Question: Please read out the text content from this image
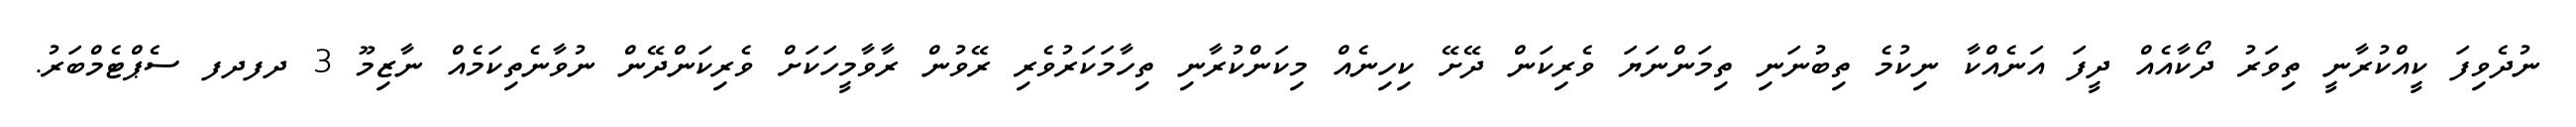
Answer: ނުދެވިފަ ކީއްކުރާނީ ތިވަރު ދޯކާއެއް ދީފަ އަނެއްކާ ނިކުމެ ތިބުނަނި ތިމަންނަޔަ ވެރިކަން ދޭށޭ ކިހިނެއް މިކަންކުރާނި ތިހާމަކަރުވެރި ރޭވުން ރާވާމީހަކަށް ވެރިކަންދޭން ނުވާނެތިކަމެއް ނާޒިމޫ 3 ދފދފ ސެޕްޓެމްބަރު.